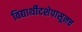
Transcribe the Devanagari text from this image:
विद्यार्थीदशेपासूनच